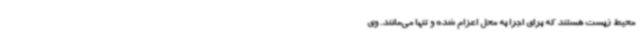
محیط زیست هستند که برای اجرا به محل اعزام شده و تنها می‌مانند. وی